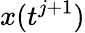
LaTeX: x(t^{j+1})